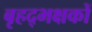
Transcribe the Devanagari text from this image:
बृहद्भक्षकों